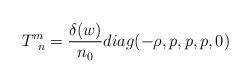
LaTeX: \begin{align*}T^m_{\;\; n}=\frac{\delta(w)}{n_0}diag(-\rho,p,p,p,0)\end{align*}